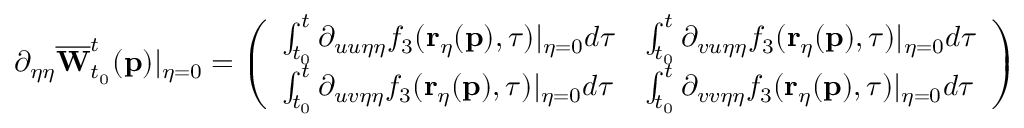
\partial _ { \eta \eta } \overline { { \mathbf { W } } } _ { t _ { 0 } } ^ { t } ( \mathbf { p } ) \vert _ { \eta = 0 } = \left( \begin{array} { l l } { \int _ { t _ { 0 } } ^ { t } \partial _ { u u \eta \eta } f _ { 3 } ( \mathbf { r } _ { \eta } ( \mathbf { p } ) , \tau ) \vert _ { \eta = 0 } d \tau } & { \int _ { t _ { 0 } } ^ { t } \partial _ { v u \eta \eta } f _ { 3 } ( \mathbf { r } _ { \eta } ( \mathbf { p } ) , \tau ) \vert _ { \eta = 0 } d \tau } \\ { \int _ { t _ { 0 } } ^ { t } \partial _ { u v \eta \eta } f _ { 3 } ( \mathbf { r } _ { \eta } ( \mathbf { p } ) , \tau ) \vert _ { \eta = 0 } d \tau } & { \int _ { t _ { 0 } } ^ { t } \partial _ { v v \eta \eta } f _ { 3 } ( \mathbf { r } _ { \eta } ( \mathbf { p } ) , \tau ) \vert _ { \eta = 0 } d \tau } \end{array} \right) .